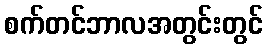
စက်တင်ဘာလအတွင်းတွင်